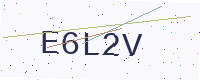
Text: E6L2V